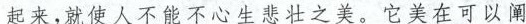
起来,就使人不能不心生悲壮之美。它美在可以阐